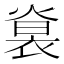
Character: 𧚵